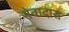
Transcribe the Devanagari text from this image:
सेवादास